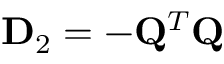
\mathbf { D } _ { 2 } = - \mathbf { Q } ^ { T } \mathbf { Q }